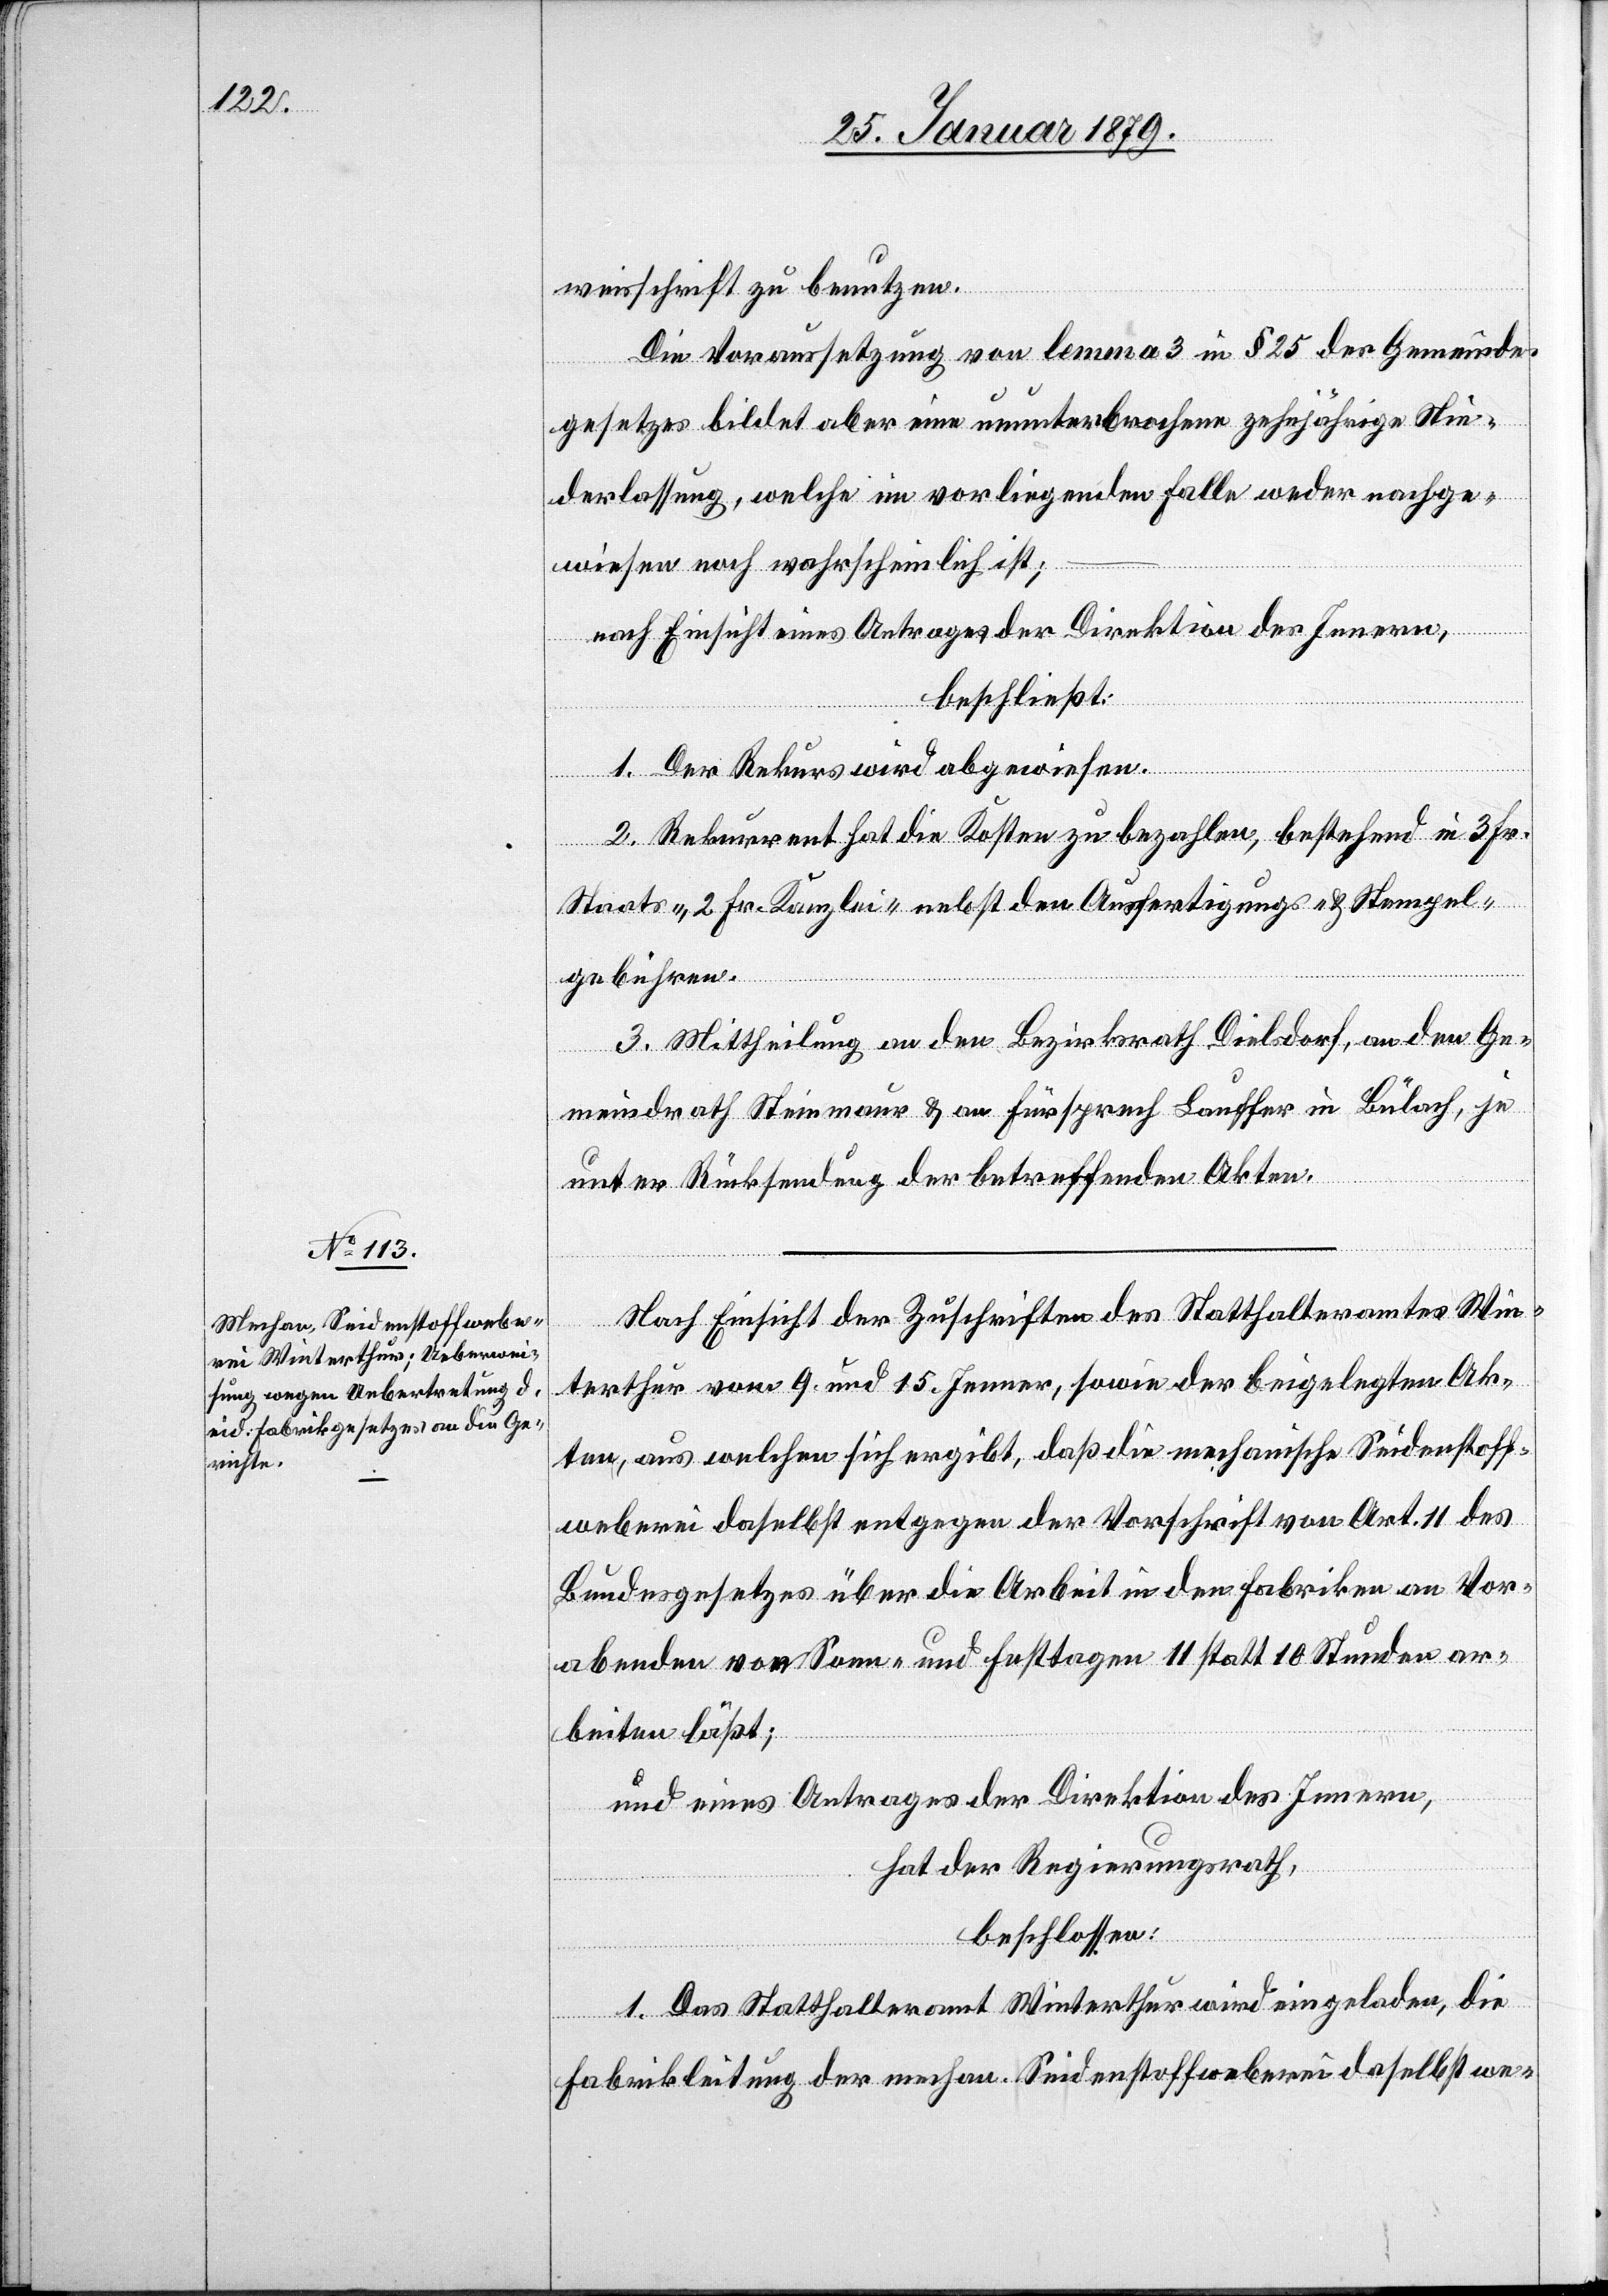
weisschrift zu benutzen.
Die Voraussetzung von lemma 3 in § 25 des Gemeinde¬
gesetzes bildet aber eine ununterbrochene zehnjährige Nie¬
derlassung, welche im vorliegenden Falle weder nachge¬
wiesen noch wahrscheinlich ist;
nach Einsicht eines Antrages der Direktion des Innern,
beschließt:
1. Der Rekurs wird abgewiesen.
2. Rekurrent hat die Kosten zu bezahlen, bestehend in 3 Fr.
Staats-, 2 Fr. Kanzlei nebst den Ausfertigungs- & Stempel¬
gebühren.
3. Mittheilung an den Bezirksrath Dielsdorf, an den Ge¬
meindrath Steinmaur & an Fürsprech Lauffer in Bülach, je
unter Rücksendung der betreffenden Akten.
Nach Einsicht der Zuschriften des Statthalteramtes Win¬
terthur vom 9. und 15. Jenner, sowie der beigelegten Ak¬
ten, aus welchen sich ergibt, daß die mechanische Seidenstoff¬
weberei daselbst entgegen der Vorschrift von Art. 11 des
Bundesgesetzes über die Arbeit in den Fabriken an Vor¬
abenden von Sonn- und Festtagen 11 statt 10 Stunden ar¬
beiten läßt;
und eines Antrages der Direktion des Innern,
hat der Regierungsrath,
beschlossen:
1. Das Statthalteramt Winterthur wird eingeladen, die
Fabrikleitung der mechan. Seidenstoffweberei daselbst we-